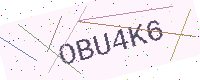
Text: OBU4K6